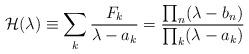
LaTeX: \begin{align*}{\cal H}(\lambda)\equiv \sum_k {F_k \over \lambda -a_k} = {\prod_n(\lambda - b_n)\over \prod_k(\lambda - a_k)}\end{align*}